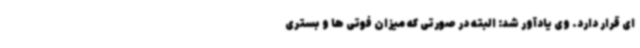
ای قرار دارد. وی یادآور شد: البته در صورتی که میزان فوتی ها و بستری